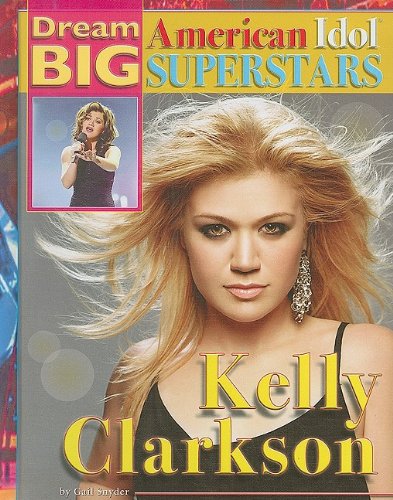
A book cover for Kelly Clarkson (Dream Big: American Idol Superstars); Gail Synder; Children's Books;